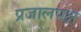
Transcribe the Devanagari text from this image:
प्रजालपक्ष